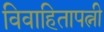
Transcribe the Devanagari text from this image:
विवाहितापत्नी